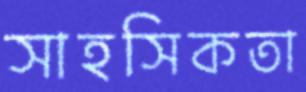
সাহসিকতা